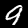
Digit: 9